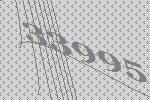
33995